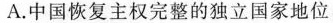
A.中国恢复主权完整的独立国家地位